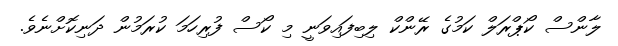
ލާންސް ކޯޕްރަލް ކަމުގެ ރޭންކް ލިބިފައިވަނީ މި ކޯސް ފުރިހަމަ ކުރަމުން ދަނިކޮށްނެވެ.